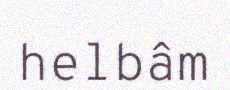
helbâm